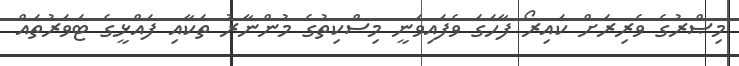
މިޞްރުގެ ވެރިރަށް ކައިރޯ ފާހަގަ ވެފައިވަނީ މިސްކިތުގެ މުންނާރު ތަކާއި ފައްޅީގެ ޓަވަރުތައް